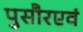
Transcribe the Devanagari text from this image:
पुसौरएवं